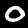
Digit: 0